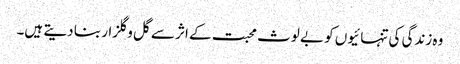
وہ زندگی کی تنہائیوں کو بے لوث محبت کے اثر سے گل و گلزار بنا دیتے ہیں۔